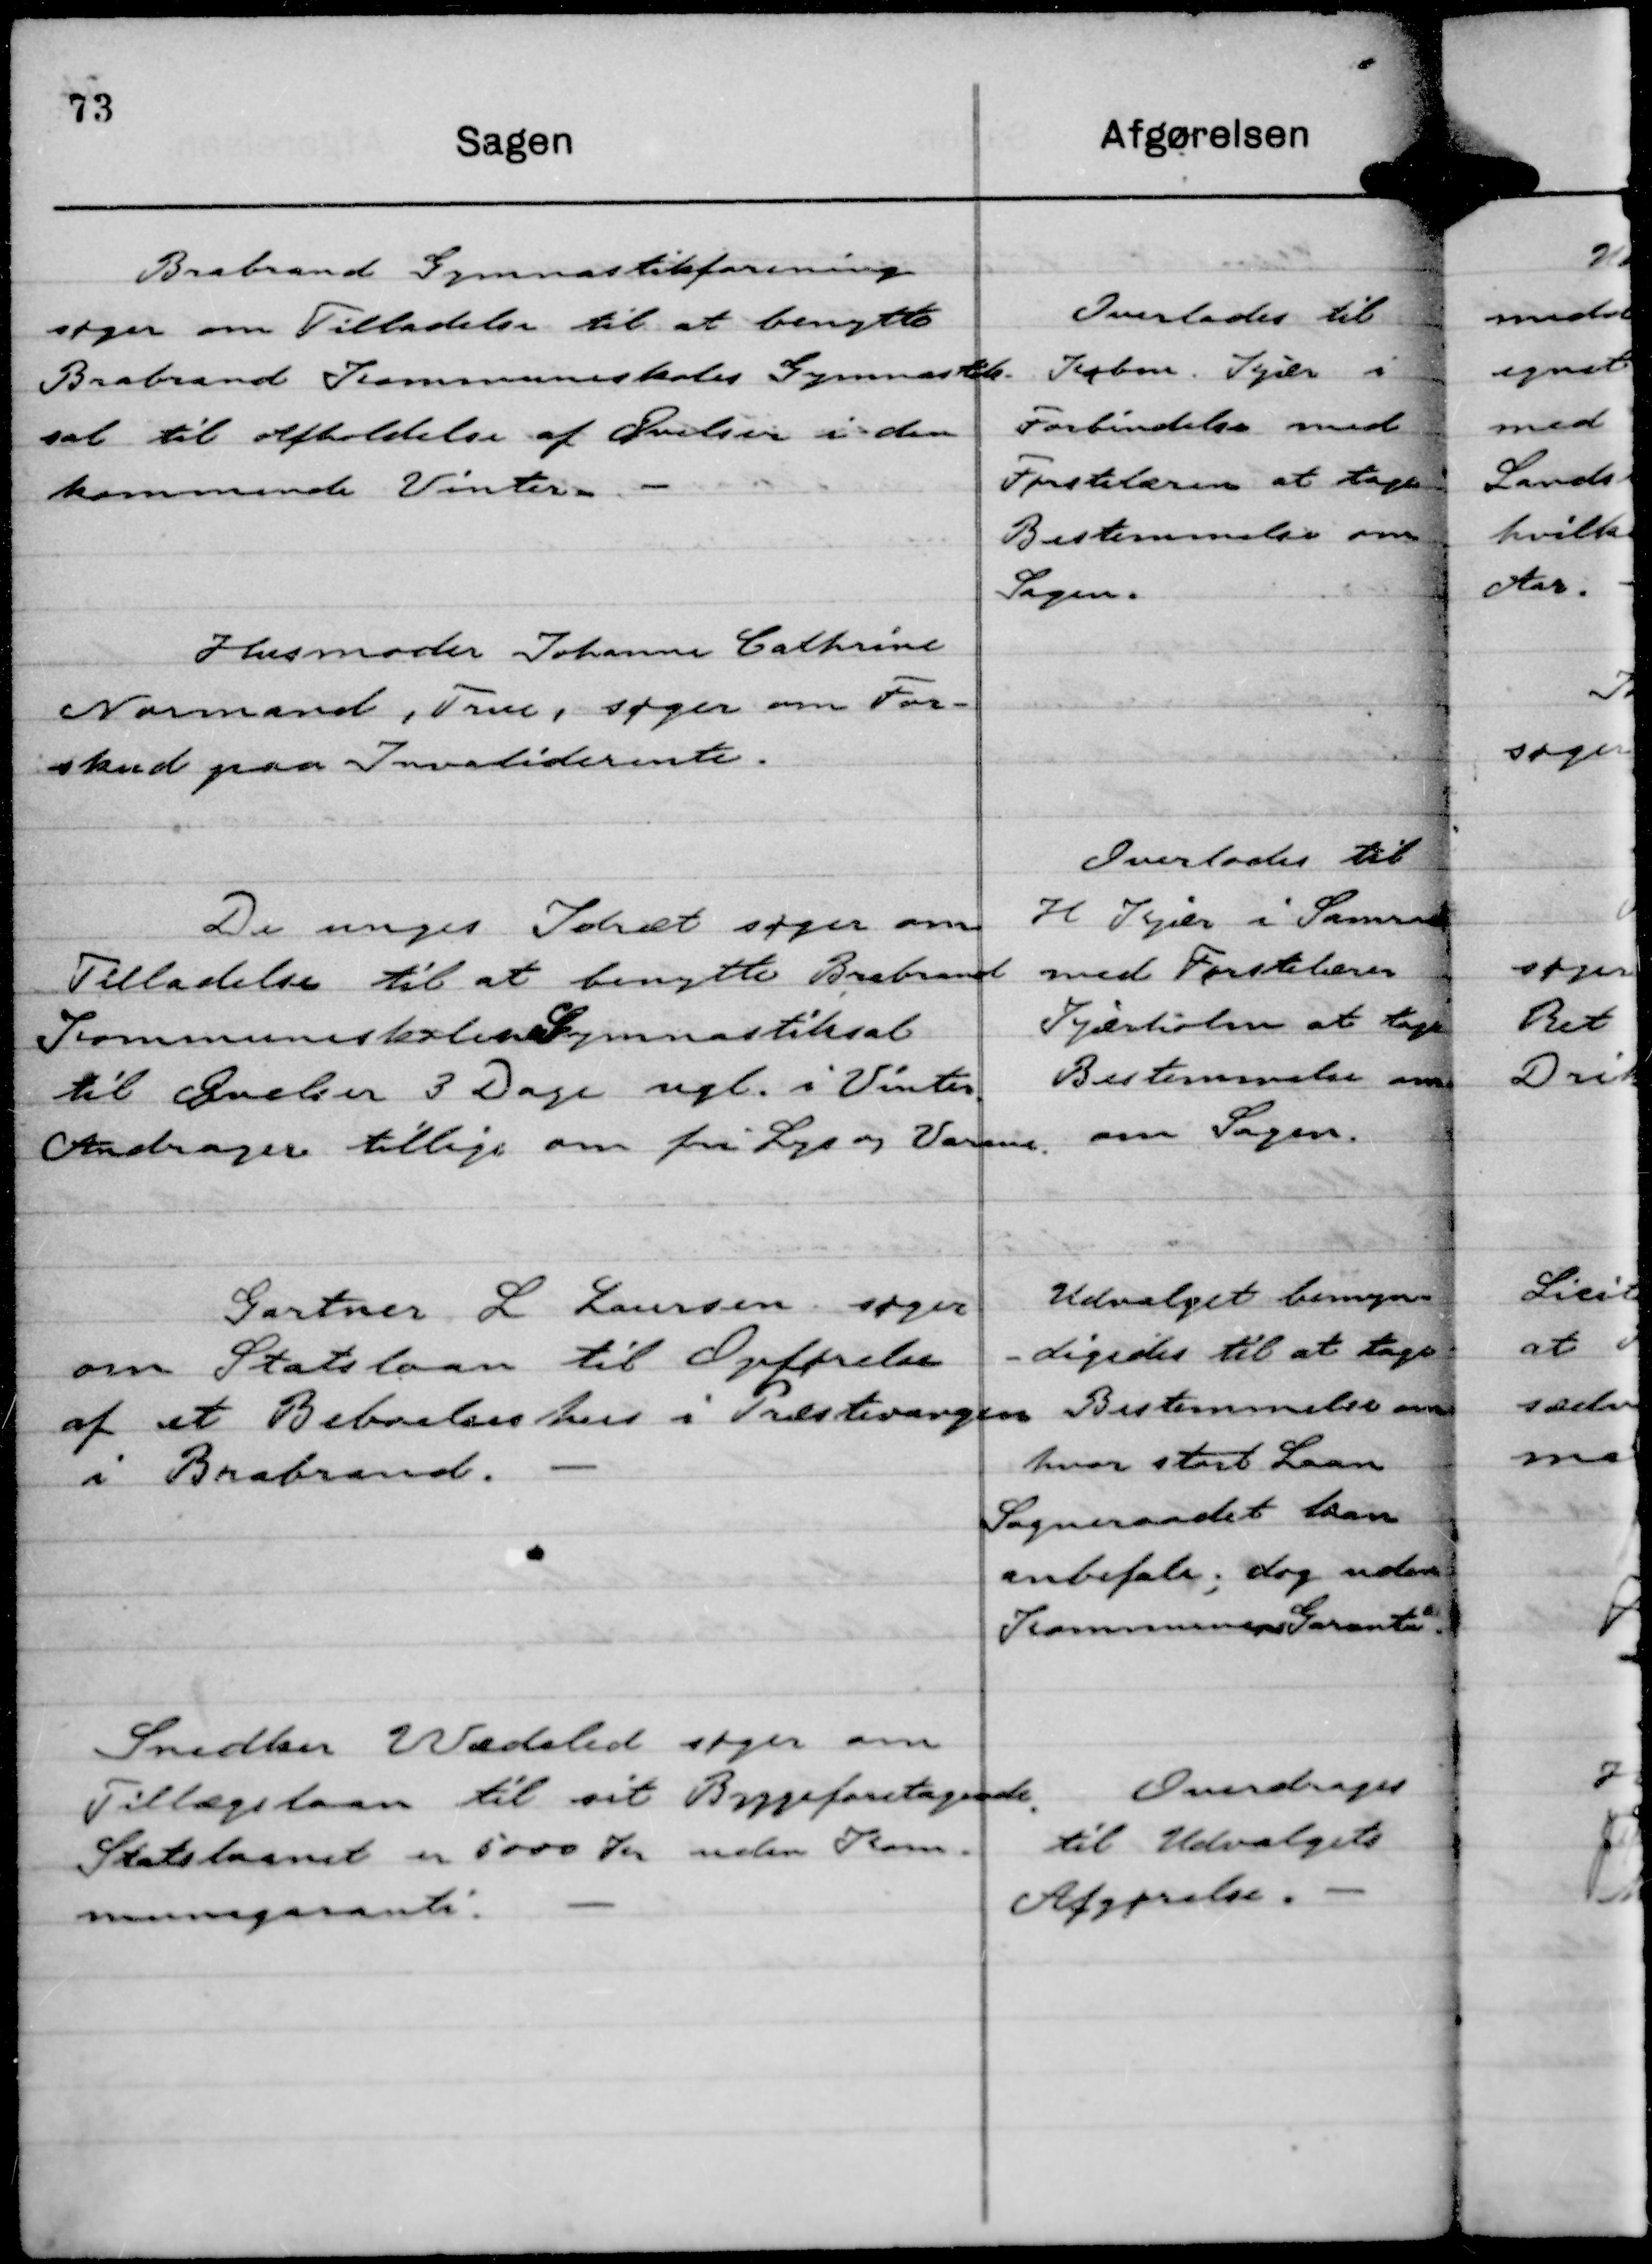
Transskription:
Brabrand Gymnastikforening
søger om Tilladelse til at benytte
Brabrand Kommuneskoles Gymnastik-
sal til Afholdelse af Øvelser i den
kommende Vinter

Overlades til
Købm Kjær i
Forbindelse med
Førstelæren at tage
Bestemmelse om
Sagen.

Husmoder Johanne Cathrine
Normand, True, søger om For-
skud paa Invaliderente.

De unges Idræt søger om
Tilladelse til at benytte Brabrand
Kommuneskoles Gymnastiksal
til Øvelser 3 Dage ugl. i Vinter.
Andrager tillige om fri Lys og Varme.

Overlodes til
H Kjær i Samraad
med Førstelærer
Kjærholm at tage
Bestemmelse om
om Sagen.

Gartner L Laursen søger
om Statslaan til Opførelse
af et Beboelseshus i Præstevangen
i Brabrand.

Udvalget bemyn-
-digedes til at tage
Bestemmelse om
hvor stort Laan
Sogneraadet kan
anbefale; dog uden
Kommunens Garanti.

Snedker Wædeled søger om
Tillægslaan til sit Byggeforetagende.
Statslaanet er 5000 Kr uden Kom-
munegaranti.

Overdrages
til Udvalgets
Afgørelse.